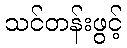
သင်တန်းဖွင့်